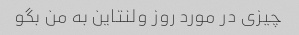
چیزی در مورد روز ولنتاین به من بگو